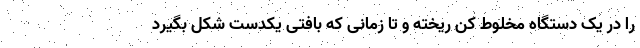
را در یک دستگاه مخلوط کن ریخته و تا زمانی که بافتی یکدست شکل بگیرد